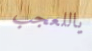
ياللعجب